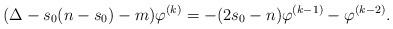
LaTeX: \begin{align*}(\Delta -s_0(n-s_0)-m)\varphi^{(k)}=-(2s_0-n) \varphi^{(k-1)}- \varphi^{(k-2)}.\end{align*}